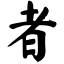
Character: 者